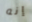
إنه